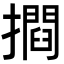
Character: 𭢶